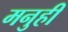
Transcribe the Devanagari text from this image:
मनुही